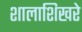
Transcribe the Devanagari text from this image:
शालाशिखरे